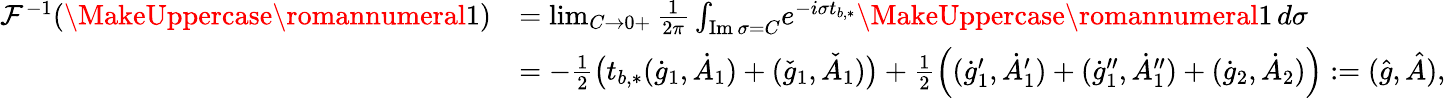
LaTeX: \begin{array}{rl}{\mathcal{F}^{-1}(\MakeUppercase{\romannumeral 1})}&{=\operatorname*{lim}_{C\to 0+}\frac{1}{2\pi}\int_{\mathrm{Im\, }\sigma=C}\! e^{-i\sigma t_{b,*}}\MakeUppercase{\romannumeral 1}\, d\sigma}\\ &{=-\frac{1}{2}\big(t_{b,*}(\dot{g}_{1},\dot{A}_{1})+(\check{g}_{1},\check{A}_{1})\big)+\frac{1}{2}\Big((\dot{g}_{1}^{\prime},\dot{A}_{1}^{\prime})+(\dot{g}_{1}^{\prime\prime},\dot{A}_{1}^{\prime\prime})+(\dot{g}_{2},\dot{A}_{2})\Big):=(\hat{g},\hat{A}),}\end{array}